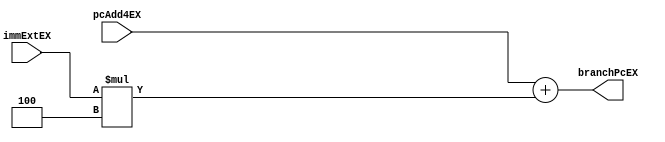
`timescale 1ns / 1ps
//////////////////////////////////////////////////////////////////////////////////
// Company: 
// Engineer: 
// 
// Design Name: 
// Module Name: branch_add
// Project Name: 
// Target Devices: 
// Tool Versions: 
// Description: 
// 
// Dependencies: 
// 
// Revision:
// Revision 0.01 - File Created
// Additional Comments:
// 
//////////////////////////////////////////////////////////////////////////////////


module branch_add(
    input [31:0] pcAdd4EX,
    input [31:0] immExtEX,
    output reg [31:0] branchPcEX
    );
    
    initial branchPcEX=0;
    
    always @ (pcAdd4EX or immExtEX)
    begin
        branchPcEX=pcAdd4EX+(immExtEX*4);
    end
    
endmodule